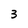
Character: 3